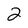
Character: 2